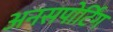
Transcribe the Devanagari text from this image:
अनसपोर्टिंग